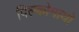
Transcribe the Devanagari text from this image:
पिल्कोमायो